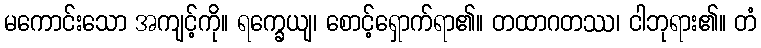
မကောင်းသော အကျင့်ကို။ ရက္ခေယျ၊ စောင့်ရှောက်ရာ၏။ တထာဂတဿ၊ ငါဘုရား၏။ တံ